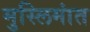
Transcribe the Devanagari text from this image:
मुस्लिमांत